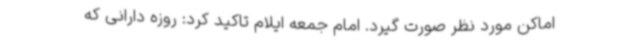
اماکن مورد نظر صورت گیرد. امام جمعه ایلام تاکید کرد: روزه دارانی که